Vaccination in the Punjab 1883-1896 - 1883-1896
Year: 1883
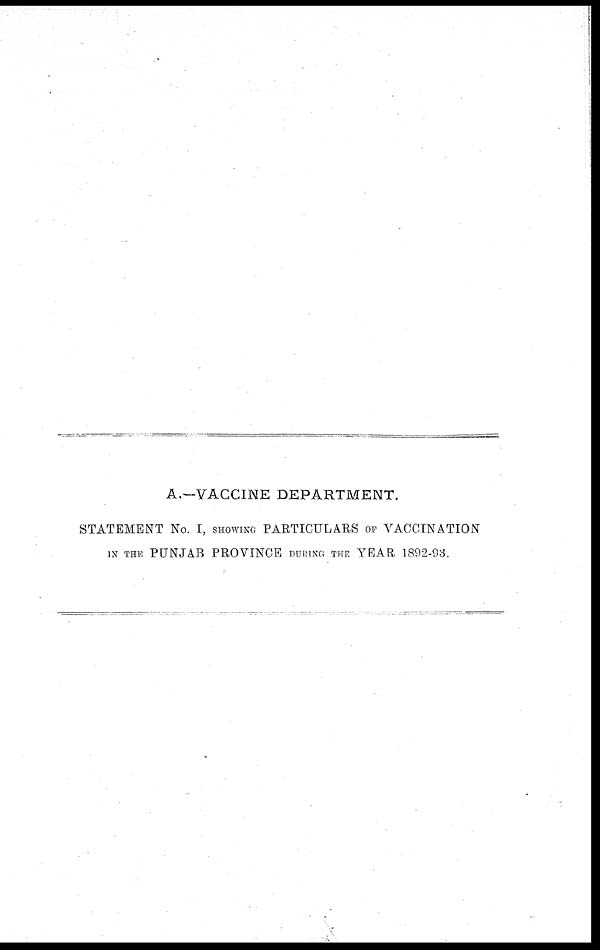
A.—VACCINE DEPARTMENT.
STATEMENT No. I, SHOWI NG PARTICULARS OF VACCINATION
IN THE PUNJAB PROVINCE DURING THE YEAR 1892-93.